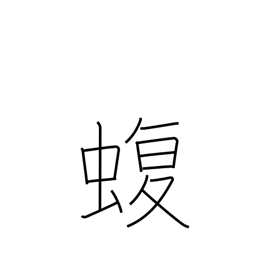
Meaning: viper